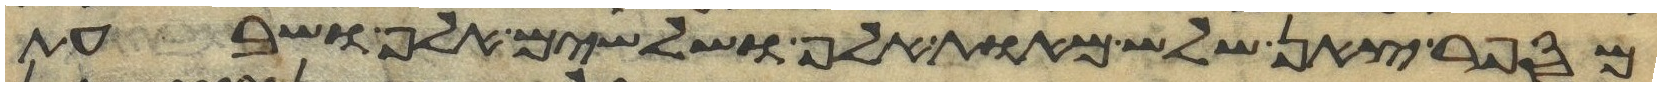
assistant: מספר צאן שלש מאות אלף ושלשים אלף ושבעת